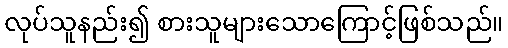
လုပ်သူနည်း၍ စားသူများသောကြောင့်ဖြစ်သည်။